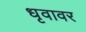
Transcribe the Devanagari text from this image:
धृवावर